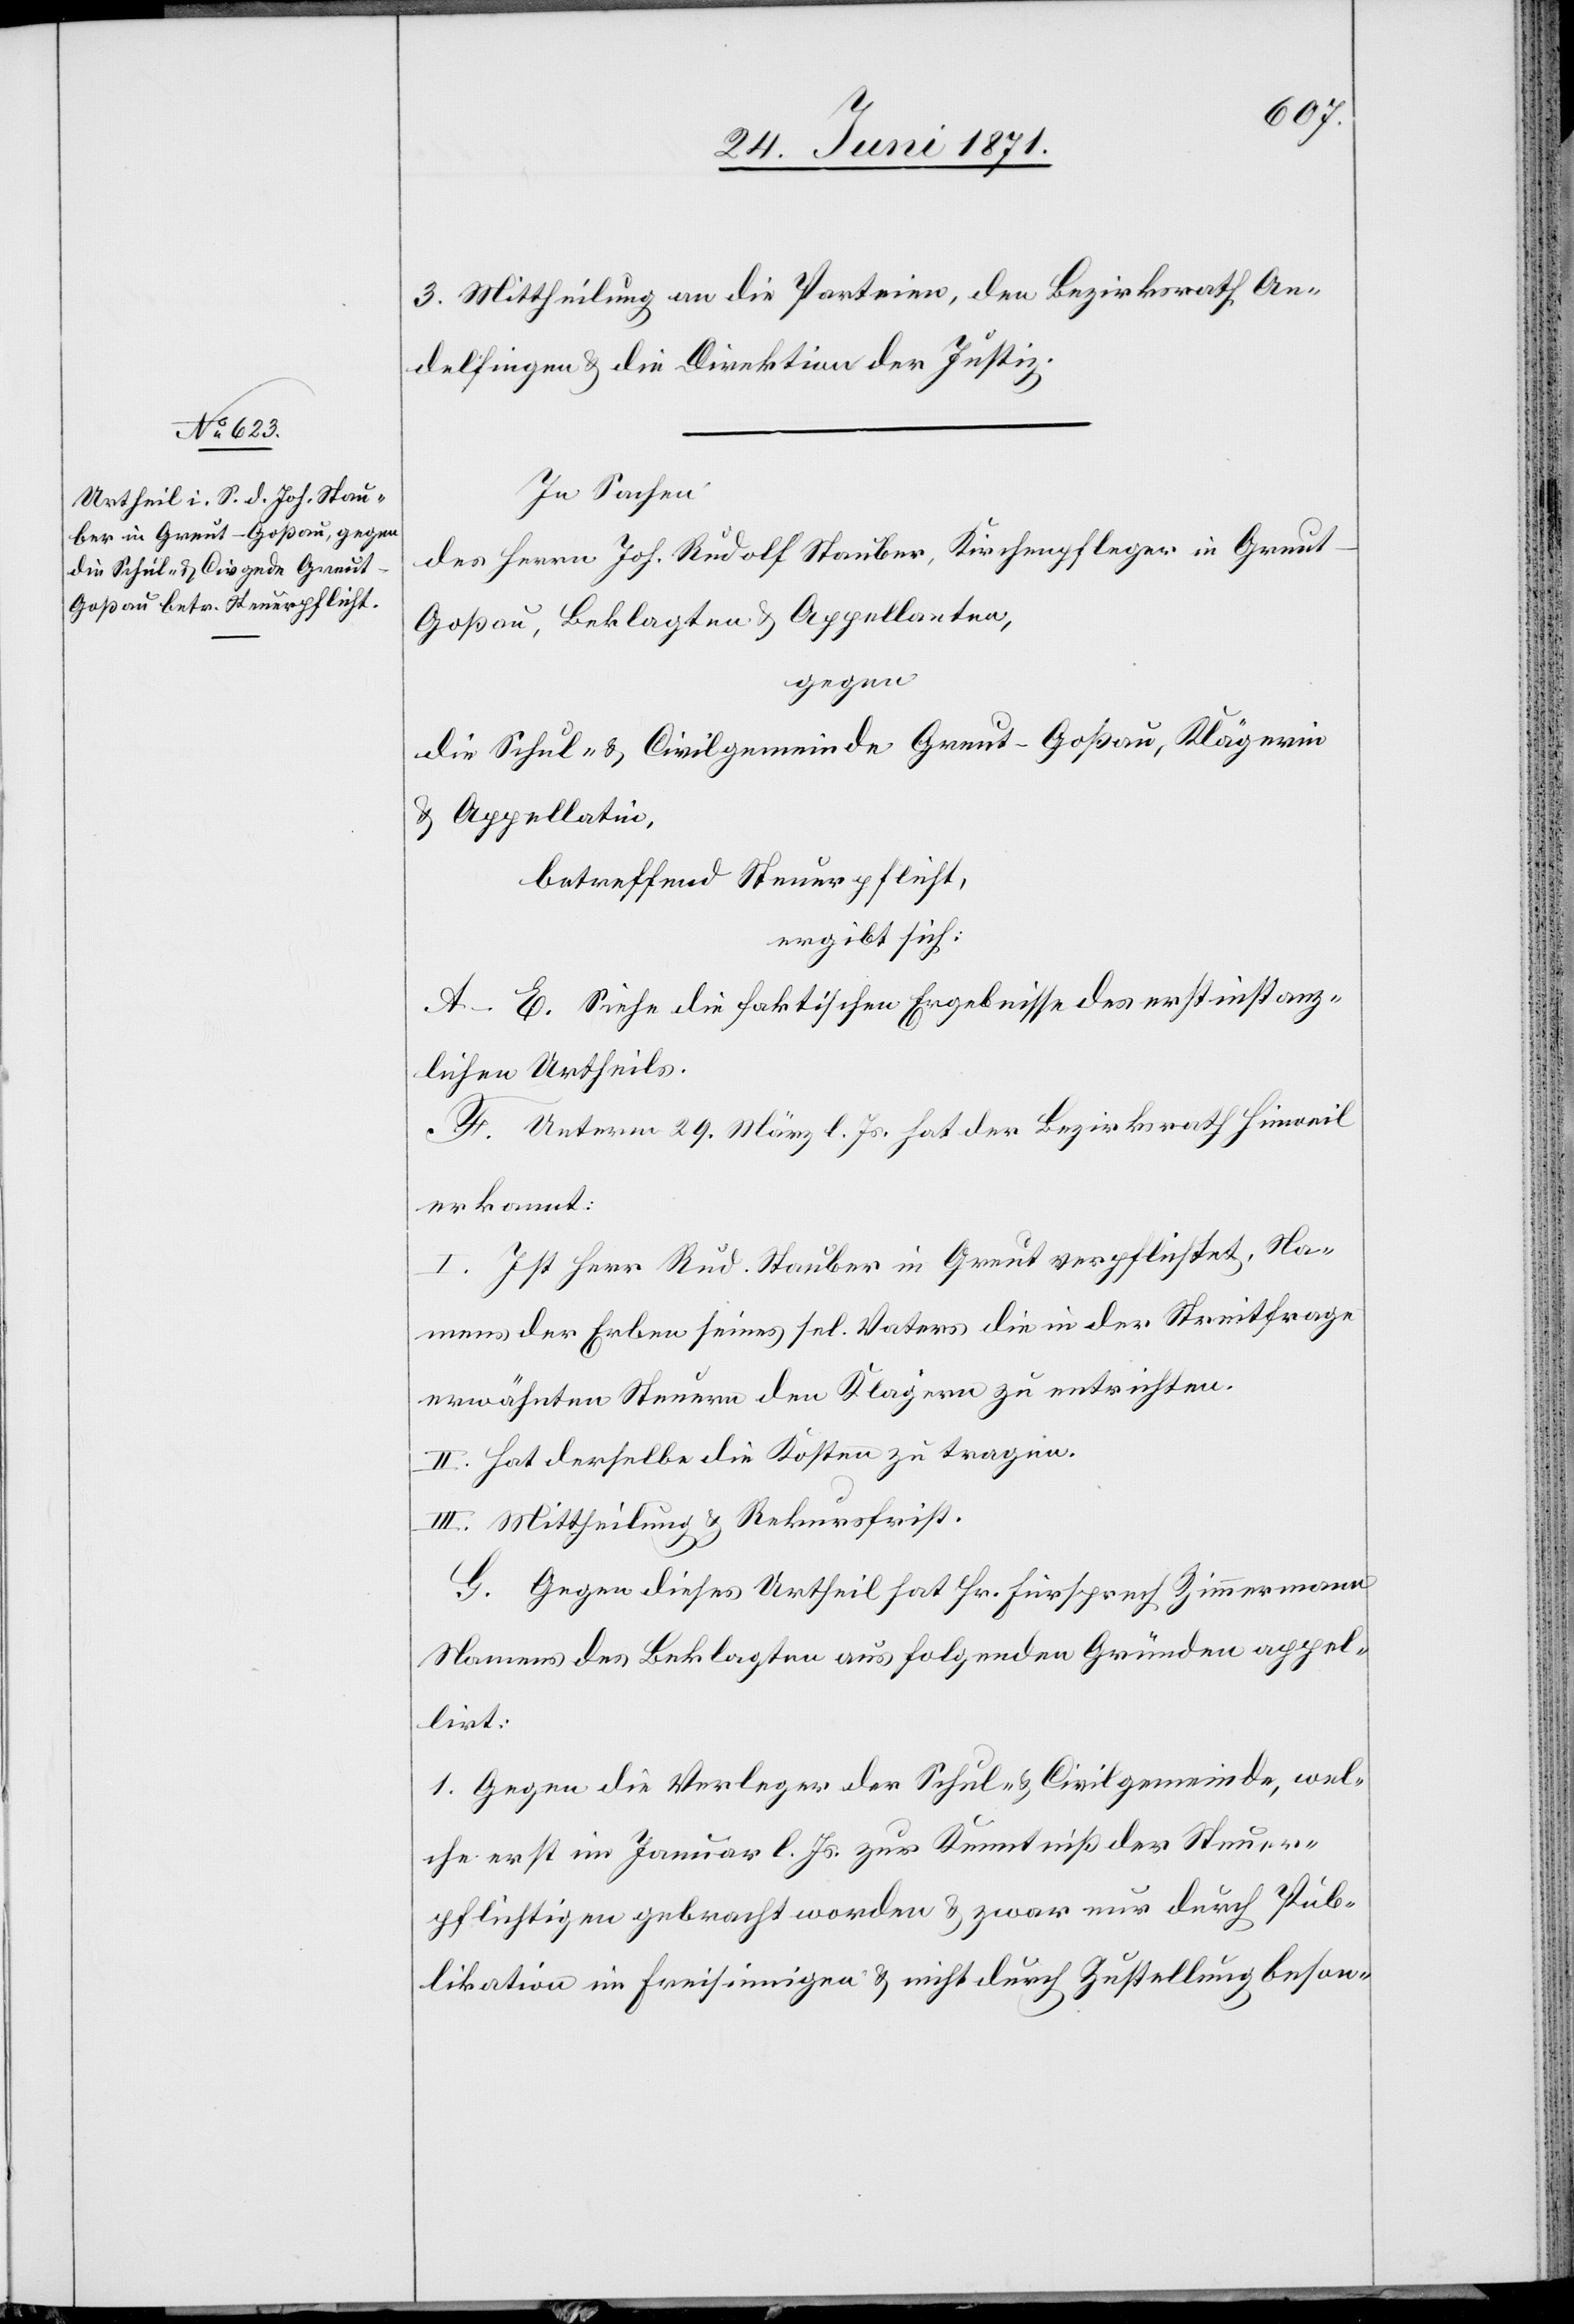
3. Mittheilung an die Parteien, den Bezirksrath An¬
delfingen u. die Direktion der Justiz.